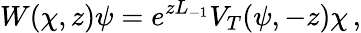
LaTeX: W(\chi,z)\psi=e^{zL_{-1}}V_{T}(\psi,-z)\chi\, ,